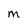
Character: M